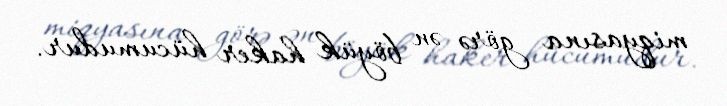
miqyasına görə ən böyük haker hücumudur.